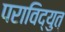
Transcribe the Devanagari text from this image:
पराविद्युत्